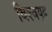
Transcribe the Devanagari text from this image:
विश्‍वयुद्व